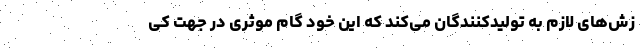
زش‌های لازم به تولیدکنندگان می‌کند که این خود گام موثری در جهت کی